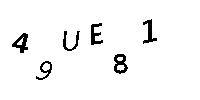
49UE81